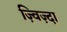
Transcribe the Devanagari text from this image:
ज़्विज़्दा